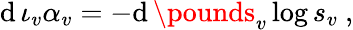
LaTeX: \mathrm{d}\, \iota_{v}\alpha_{v}=-\mathrm{d}\, \pounds_{v}\log s_{v}\ ,